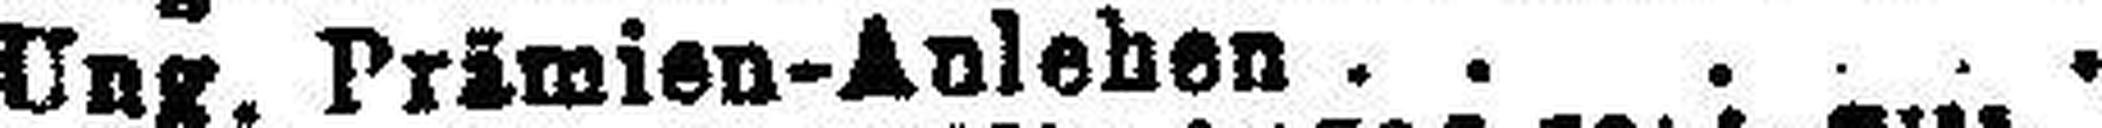
Ung. Primien-Anlehen